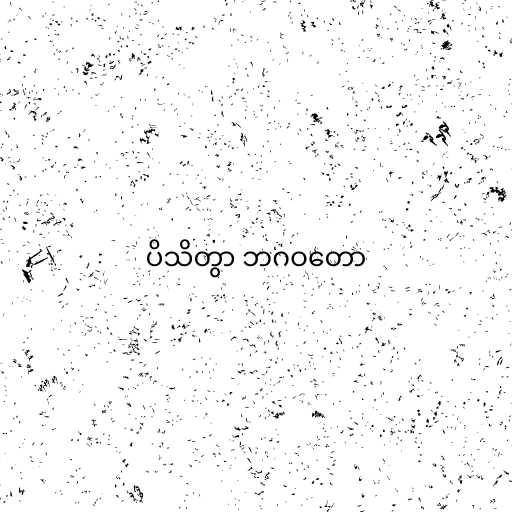
ပိသိတွာ ဘဂဝတော